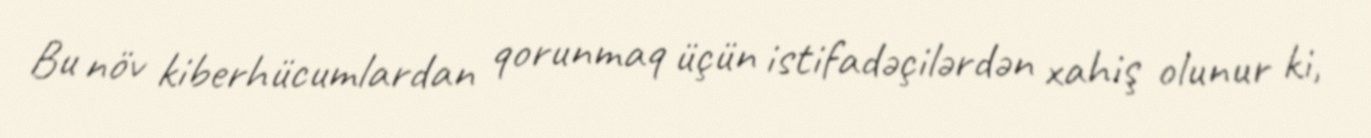
Bu növ kiberhücumlardan qorunmaq üçün istifadəçilərdən xahiş olunur ki,